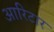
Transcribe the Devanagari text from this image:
आरिटार